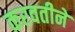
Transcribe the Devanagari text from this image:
करवतीने